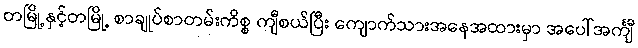
တမြို့နှင့်တမြို့ စာချုပ်စာတမ်းကိစ္စ ကျီစယ်ပြီး ကျောက်သားအနေအထားမှာ အပေါ်အင်္ကျီ